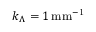
k _ { \Lambda } = 1 \, \mathrm { m m ^ { - 1 } }